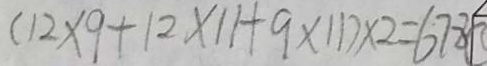
( 1 2 \times 9 + 1 2 \times 1 1 + 9 \times 1 1 ) \times 2 = 6 7 8